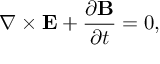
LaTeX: \nabla \times { \bf E } + \frac { \partial { \bf B } } { \partial t } = 0 ,